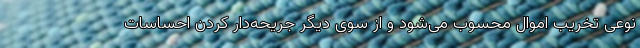
نوعی تخریب اموال محسوب می‌شود و از سوی دیگر جریحه‌دار کردن احساسات